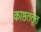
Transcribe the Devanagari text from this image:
काष्ठतंतूत